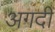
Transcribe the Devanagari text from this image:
अगदीं